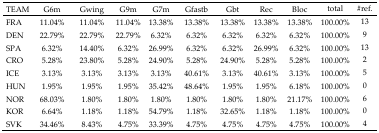
| TEAM | G6m | Gwing | G9m | G7m | Gfastb | Gbt | Rec | Bloc | total | #ref. |
 | --- | --- | --- | --- | --- | --- | --- | --- | --- | --- | --- |
 | FRA | 11.04% | 11.04% | 11.04% | 13.38% | 13.38% | 13.38% | 13.38% | 13.38% | 100.00% | 13 |
 | DEN | 22.79% | 22.79% | 22.79% | 6.32% | 6.32% | 6.32% | 6.32% | 6.32% | 100.00% | 9 |
 | SPA | 6.32% | 14.40% | 6.32% | 26.99% | 6.32% | 6.32% | 26.99% | 6.32% | 100.00% | 13 |
 | CRO | 5.28% | 23.80% | 5.28% | 24.90% | 5.28% | 24.90% | 5.28% | 5.28% | 100.00% | 2 |
 | ICE | 3.13% | 3.13% | 3.13% | 3.13% | 40.61% | 3.13% | 40.61% | 3.13% | 100.00% | 5 |
 | HUN | 1.95% | 1.95% | 1.95% | 35.42% | 48.64% | 1.95% | 1.95% | 6.18% | 100.00% | 0 |
 | NOR | 68.03% | 1.80% | 1.80% | 1.80% | 1.80% | 1.80% | 1.80% | 21.17% | 100.00% | 6 |
 | KOR | 6.64% | 1.18% | 1.18% | 54.79% | 1.18% | 32.65% | 1.18% | 1.18% | 100.00% | 0 |
 | SVK | 34.46% | 8.43% | 4.75% | 33.39% | 4.75% | 4.75% | 4.75% | 4.75% | 100.00% | 4 |